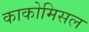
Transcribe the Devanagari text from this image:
काकोमिसल